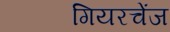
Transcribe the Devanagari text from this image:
गियरचेंज